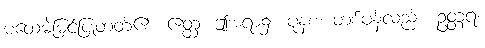
မထေမဲ့မြင်ပြုတတ်၏။ ဧတ္ထ၊ ဤအရာ၌။ ပုနစ၊ တစ်ဖန်လည်း။ ဥတ္တရံ၊